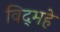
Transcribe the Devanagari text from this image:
विद्‌महे